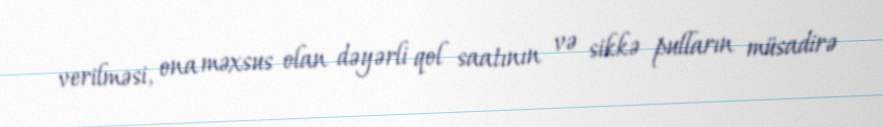
verilməsi, ona məxsus olan dəyərli qol saatının və sikkə pulların müsadirə